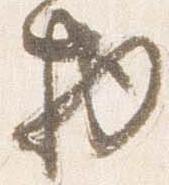
物